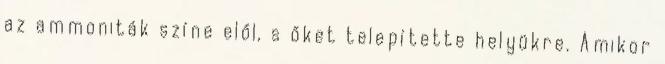
az ammoniták színe elől, s őket telepítette helyükre. Amikor